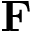
\mathbf { F }